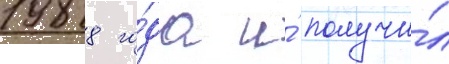
1988 го́да и́ получи́л